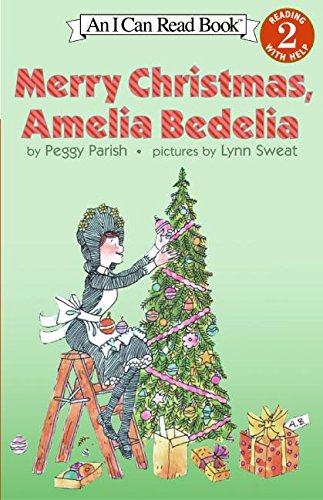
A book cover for Merry Christmas, Amelia Bedelia (I Can Read Level 2); Peggy Parish; Children's Books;